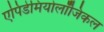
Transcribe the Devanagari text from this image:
एपिडेमियोलॉजिकल